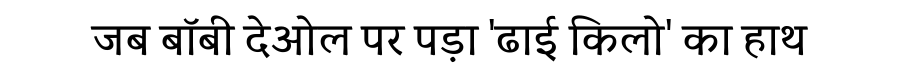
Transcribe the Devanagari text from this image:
जब बॉबी देओल पर पड़ा 'ढाई किलो' का हाथ